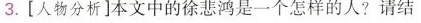
3.[人物分析]本文中的徐悲鸿是一个怎样的人?请结